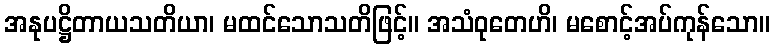
အနုပဋ္ဌိတာယသတိယာ၊ မထင်သောသတိဖြင့်။ အသံဝုတေဟိ၊ မစောင့်အပ်ကုန်သော။